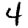
Digit: 4